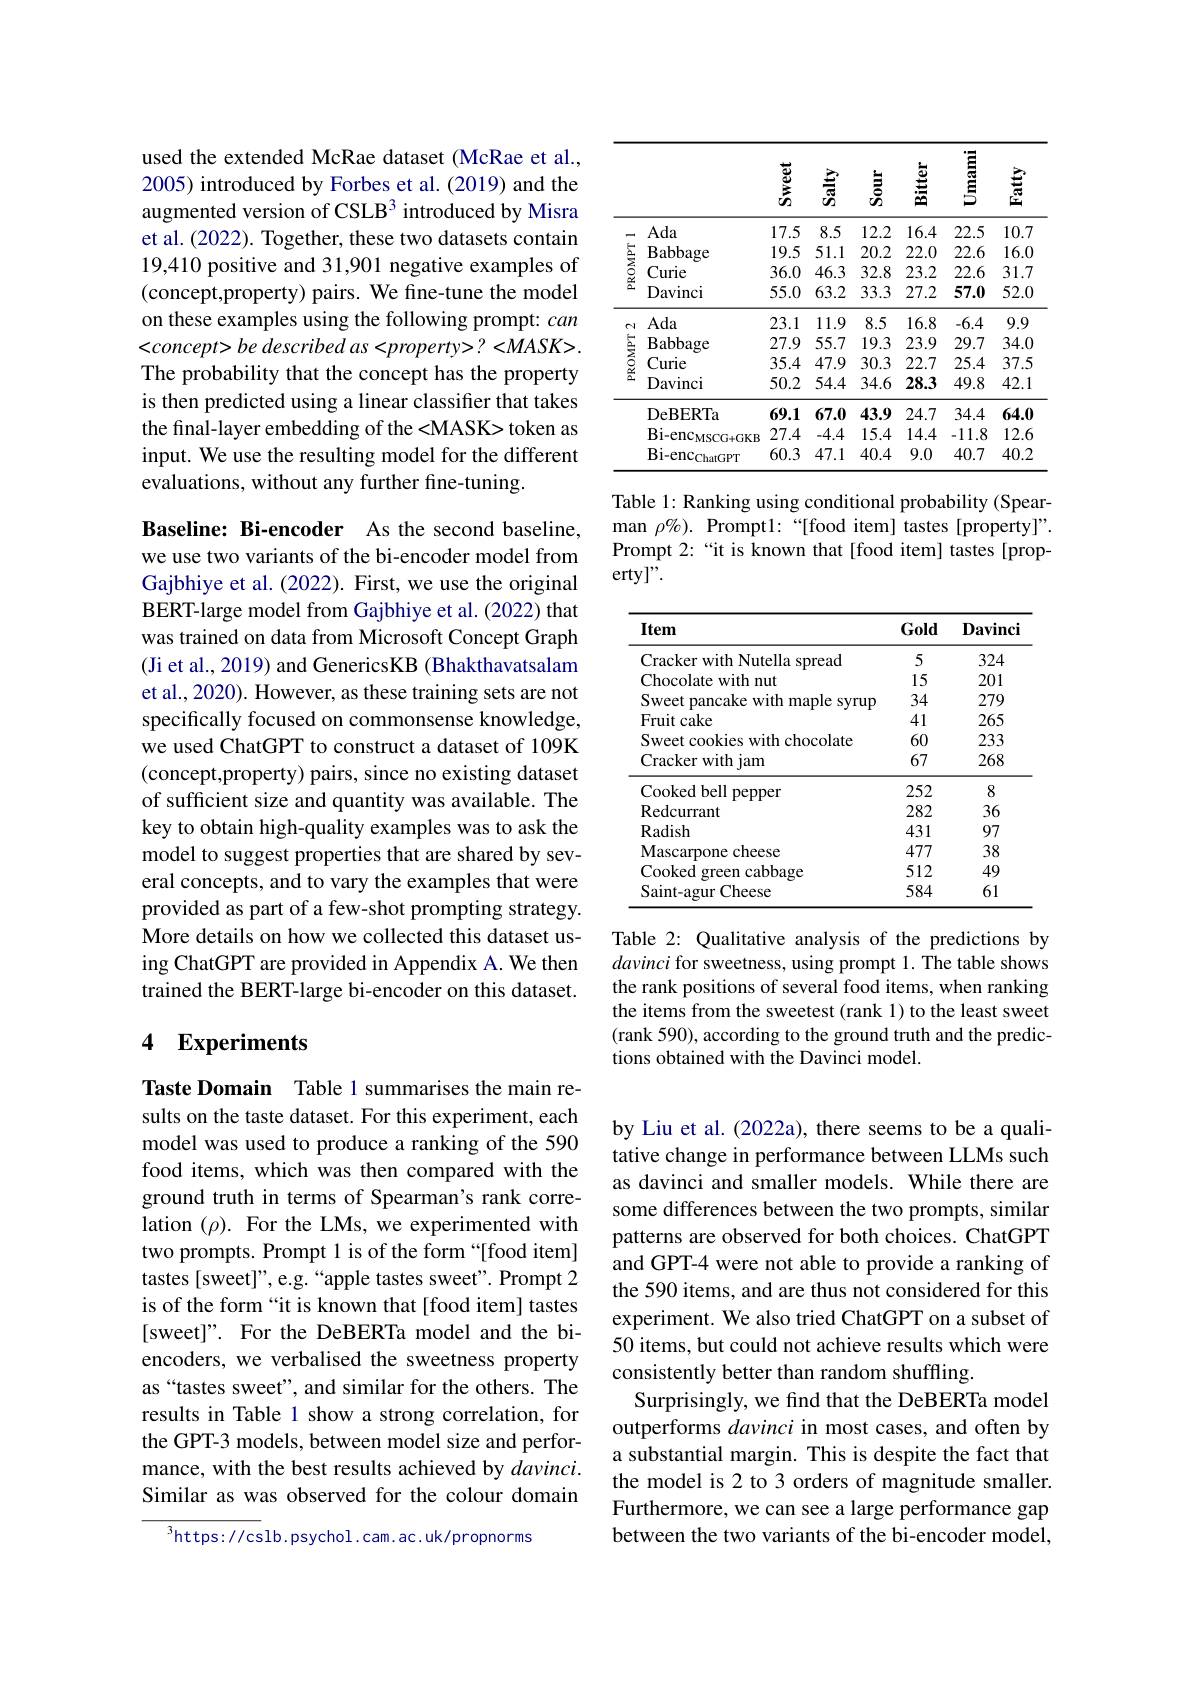
used the extended McRae dataset (McRae et al., 2005) introduced by Forbes et al.(2019) and the augmented version of CSLB$^{3}$ introduced by Misra et al. (2022). Together, these two datasets contain 19,410 positive and 31,901 negative examples of (concept,property) pairs. We fine-tune the model on these examples using the following prompt: can $< concept> be\textit{ described as < property> }? < MASK> .$ The probability that the concept has the property is then predicted using a linear classifier that takes the final-layer embedding of the <MASK> token as input. We use the resulting model for the different evaluations, without any further fine-tuning.

Baseline: Bi-encoder As the second baseline, we use two variants of the bi-encoder model from Gajbhiye et al. (2022). First, we use the original BERT-large model from Gajbhiye et al. (2022) that was trained on data from Microsoft Concept Graph (Ji et al., 2019) and GenericsKB (Bhakthavatsalam et al., 2020). However, as these training sets are not specifically focused on commonsense knowledge, we used ChatGPT to construct a dataset of 109K (concept,property) pairs, since no existing dataset of sufficient size and quantity was available. The key to obtain high-quality examples was to ask the model to suggest properties that are shared by several concepts, and to vary the examples that were provided as part of a few-shot prompting strategy. More details on how we collected this dataset using ChatGPT are provided in Appendix A. We then trained the BERT-large bi-encoder on this dataset.

## 4 Experiments

Taste Domain Table 1 summarises the main results on the taste dataset. For this experiment, each model was used to produce a ranking of the 590 food items, which was then compared with the ground truth in terms of Spearman's rank correlation $(\rho).$ For the LMs, we experimented with two prompts. Prompt 1 is of the form “[food item] tastes [sweet]", e.g. “apple tastes sweet". Prompt 2 is of the form “it is known that [food item] tastes [sweet]". For the DeBERTa model and the biencoders, we verbalised the sweetness property as“tastes sweet”, and similar for the others. The results in Table 1 show a strong correlation, for the GPT-3 models, between model size and performance, with the best results achieved by $davinci.$ Similar as was observed for the colour domain

$^{3}$https://cslb.psychol.cam.ac.uk/propnorms

<table>
	<tbody>
		<tr>
			<th> </th>
			<th> </th>
			<th>墓</th>
			<th>意</th>
			<th>嘉</th>
			<th>盞</th>
			<th>臺</th>
			<th>臺</th>
		</tr>
		<tr>
			<td rowspan="4">PROMPT l</td>
			<td>Ada</td>
			<td>17.5</td>
			<td>8.5</td>
			<td>12.2</td>
			<td>16.4</td>
			<td>22.5</td>
			<td>10.7</td>
		</tr>
		<tr>
			<td>$\mathbf{Babbage}$</td>
			<td>19.5</td>
			<td>51.1</td>
			<td>20.2</td>
			<td>22.0</td>
			<td>22.6</td>
			<td>16.0</td>
		</tr>
		<tr>
			<td>Curie</td>
			<td>36.0</td>
			<td>46.3</td>
			<td>32.8</td>
			<td>23.2</td>
			<td>22.6</td>
			<td>31.7</td>
		</tr>
		<tr>
			<td>Davinci</td>
			<td>55.0</td>
			<td>63.2</td>
			<td>33.3</td>
			<td>27.2</td>
			<td>57.0</td>
			<td>52.0</td>
		</tr>
		<tr>
			<td rowspan="1">PROMPT 2</td>
			<td>Ada</td>
			<td>23.1</td>
			<td>11.9</td>
			<td>8.5</td>
			<td>16.8</td>
			<td>-6.4</td>
			<td>9.9</td>
		</tr>
		<tr>
			<td rowspan="6">$\sum_{n=1}^{5}\sum_{n=1}^{5}\sum_{n=1}^{5}\sum_{n=1}^{5}\sum_{n=1}^{5}\sum_{n=1}^{5}\sum_{n=1}^{5}\sum_{n=1}^{5}\sum_{n=1}^{5}\sum_{n=2}^{5}\sum_{n=1}^{5}\sum_{n=1}^{5}\sum_{n=1}^{5}\sum_{n=1}^{5}\sum_{n=1}^{5}\sum_{n=1}^{5}\sum_{n=1}^{5}\sum_{n=1}^{5}\frac{1}{2}\sum_{n=1}^{5}\frac{1}{2}\sum_{n=1}^{5}\frac{1}{2}\sum_{n=1}^{5}\frac$</td>
			<td>$\mathbf{Babbage}$</td>
			<td>27.9</td>
			<td>55.7</td>
			<td>19.3</td>
			<td>23.9</td>
			<td>29.7</td>
			<td>34.0</td>
		</tr>
		<tr>
			<td>Curie</td>
			<td>35.4</td>
			<td>47.9</td>
			<td>30.3</td>
			<td>22.7</td>
			<td>25.4</td>
			<td>37.5</td>
		</tr>
		<tr>
			<td>Davinci</td>
			<td>50.2</td>
			<td>54.4</td>
			<td>34.6</td>
			<td>28.3</td>
			<td>49.8</td>
			<td>42.1</td>
		</tr>
		<tr>
			<td>DeBERTa</td>
			<td>69.1</td>
			<td>67.0</td>
			<td>43.9</td>
			<td>24.7</td>
			<td>34.4</td>
			<td>64.0</td>
		</tr>
		<tr>
			<td>$\mathrm{Bi-enc}_{\mathrm{MSCG+GKB}}$</td>
			<td>27.4</td>
			<td>-4.4</td>
			<td>15.4</td>
			<td>14.4</td>
			<td>-11.8 </td>
			<td>12.6</td>
		</tr>
		<tr>
			<td>$\mathrm{Bi-enc}_{\mathrm{ChatGPT}}$</td>
			<td>60.3</td>
			<td>47.1</td>
			<td>40.4</td>
			<td>9.0</td>
			<td>40.7</td>
			<td>40.2</td>
		</tr>
	</tbody>
</table>

Table 1: Ranking using conditional probability (Spear- $\operatorname*{man}\rho\%).$Prompt1:“[food item] tastes[property]”. Prompt 2:“it is known that[food item] tastes[property]".

<table>
	<tbody>
		<tr>
			<th>Item</th>
			<th>Gold</th>
			<th>$\mathbf{Davinci}$</th>
		</tr>
		<tr>
			<td>Cracker with Nutella spread</td>
			<td>5</td>
			<td>324</td>
		</tr>
		<tr>
			<td>Chocolate with nut</td>
			<td>15</td>
			<td>201</td>
		</tr>
		<tr>
			<td>Sweet pancake with maple syrup</td>
			<td>34</td>
			<td>279</td>
		</tr>
		<tr>
			<td>Fruit cake</td>
			<td>41</td>
			<td>265</td>
		</tr>
		<tr>
			<td>Sweet cookies with chocolate</td>
			<td>60</td>
			<td>233</td>
		</tr>
		<tr>
			<td>Cracker with jam</td>
			<td>67</td>
			<td>268</td>
		</tr>
		<tr>
			<td>Cookedbell ${\textbf{l pepper}}$</td>
			<td>252</td>
			<td>8</td>
		</tr>
		<tr>
			<td>Redcurrant</td>
			<td>282</td>
			<td>36</td>
		</tr>
		<tr>
			<td>Radish</td>
			<td>431</td>
			<td>97</td>
		</tr>
		<tr>
			<td>Mascarpone cheese</td>
			<td>477</td>
			<td>38</td>
		</tr>
		<tr>
			<td>green cabbage Cooked</td>
			<td>512</td>
			<td>49</td>
		</tr>
		<tr>
			<td>Saint-agur Cheese '</td>
			<td>584</td>
			<td>61</td>
		</tr>
	</tbody>
</table>

Table 2: Qualitative analysis of the predictions by davinci for sweetness, using prompt 1. The table shows the rank positions of several food items, when ranking the items from the sweetest (rank 1) to the least sweet (rank 590), according to the ground truth and the predictions obtained with the Davinci model.

by Liu et al. (2022a), there seems to be a qualitative change in performance between LLMs such as davinci and smaller models. While there are some differences between the two prompts, similar patterns are observed for both choices. ChatGPT and GPT-4 were not able to provide a ranking of the 590 items, and are thus not considered for this experiment. We also tried ChatGPT on a subset of 50 items, but could not achieve results which were consistently better than random shuffling.
Surprisingly, we find that the DeBERTa model outperforms davinci in most cases, and often by a substantial margin. This is despite the fact that the model is 2 to 3 orders of magnitude smaller. Furthermore, we can see a large performance gap between the two variants of the bi-encoder model,